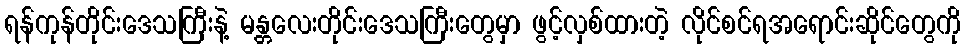
ရန်ကုန်တိုင်းဒေသကြီးနဲ့ မန္တလေးတိုင်းဒေသကြီးတွေမှာ ဖွင့်လှစ်ထားတဲ့ လိုင်စင်ရအရောင်းဆိုင်တွေကို